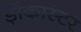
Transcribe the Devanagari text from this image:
ड़ोंकास्टर